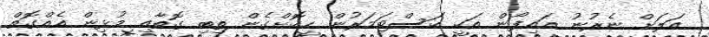
އަލަށް ނެރުނު އައިފޯން އަކީ ކަސްޓަމަރުން ހީކޮށްގެން ތިބި ގޮތާއި މުޅިން އެއްގޮތް